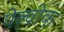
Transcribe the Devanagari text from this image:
पेल्वीक